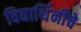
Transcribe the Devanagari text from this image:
विद्यार्थिनींचे